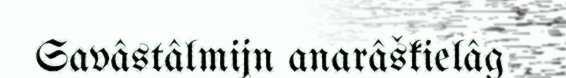
Savâstâlmijn anarâškielâg